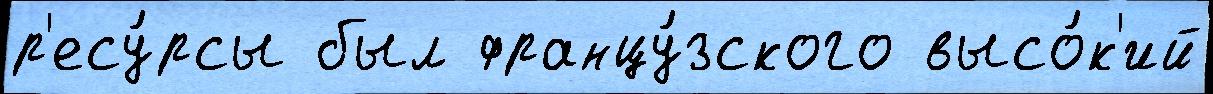
р'есу́рсы был францу́зского высо́к'ий